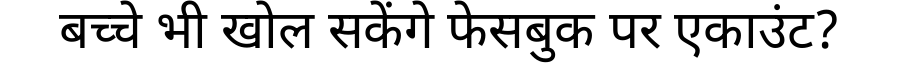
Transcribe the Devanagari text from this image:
बच्चे भी खोल सकेंगे फेसबुक पर एकाउंट?